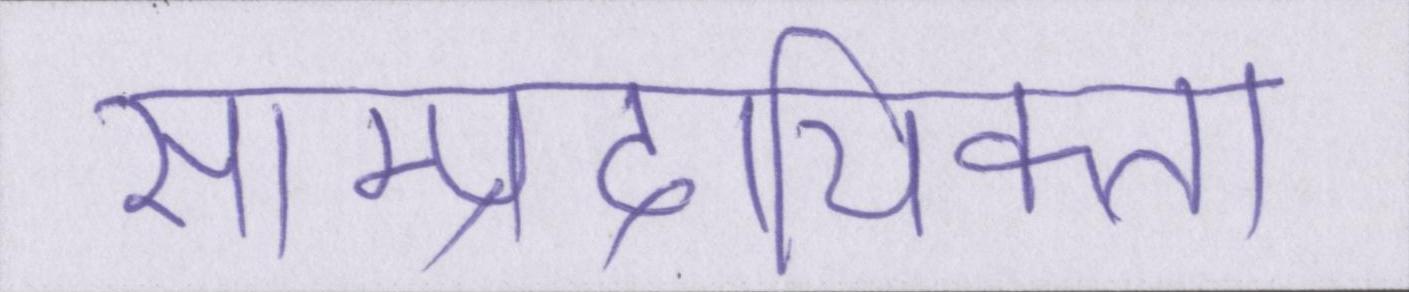
साम्प्रदायिकता